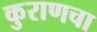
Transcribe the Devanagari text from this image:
कुराणचा